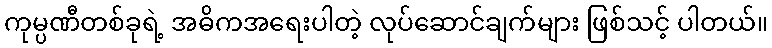
ကုမ္ပဏီတစ်ခုရဲ့ အဓိကအရေးပါတဲ့ လုပ်ဆောင်ချက်များ ဖြစ်သင့် ပါတယ်။